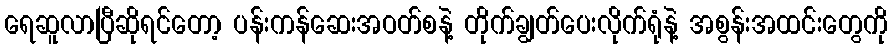
ရေဆူလာပြီဆိုရင်တော့ ပန်းကန်ဆေးအဝတ်စနဲ့ တိုက်ချွတ်ပေးလိုက်ရုံနဲ့ အစွန်းအထင်းတွေကို